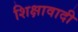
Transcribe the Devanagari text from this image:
शिक्षावादी